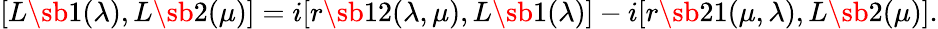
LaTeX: [L\sb 1(\lambda),L\sb 2(\mu)]=i[r\sb{12}(\lambda,\mu),L\sb 1(\lambda)]-i[r\sb{21}(\mu,\lambda),L\sb 2(\mu)].